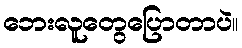
ဘေးလူတွေပြောတာပဲ။